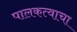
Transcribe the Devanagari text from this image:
पालकत्वाचा